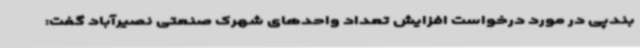
بندپی در مورد درخواست افزایش تعداد واحدهای شهرک صنعتی نصیرآباد گفت: